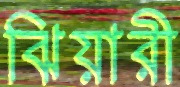
ঝিয়ারী